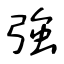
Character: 強